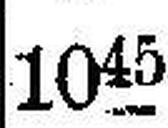
1045